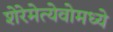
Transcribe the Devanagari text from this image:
शेरेमेत्येवोमध्ये